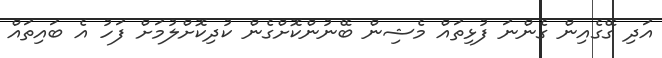
އަދި ގޭގެއިން ގެންނަ ފުޅިތައް މެޝިން ބޭނުންކޮށްގެން ކުދިކޮށްލުމަށް ފަހު އެ ބައިތައް